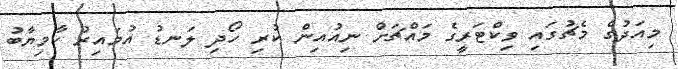
މިއަދުގެ މެޗުގައި ވިކްޓަރީގެ މައްޗަށް ނިއުއިން ކުރި ހޯދި ލަނޑު އުމައިރު ކާމިޔާބު